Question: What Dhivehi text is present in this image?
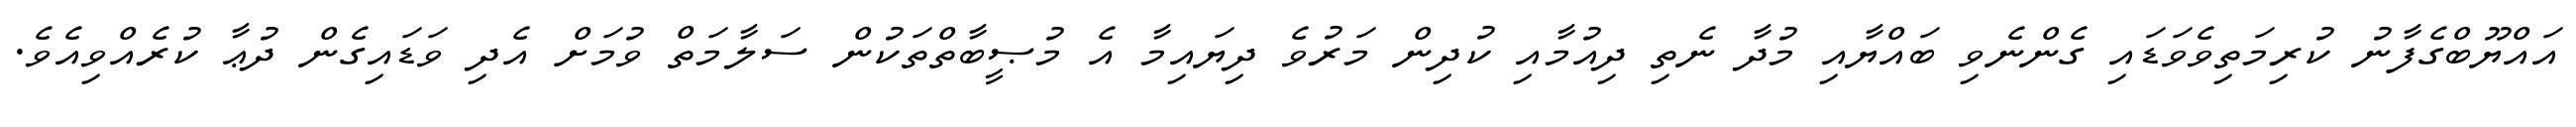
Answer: އައްޔޫބްގެފާނު ކުރިމަތިވެވަޑައި ގެންނެވި ބައްޔާއި މުދާ ނެތި ދިއުމާއި ކުދިން މަރުވެ ދިޔައިމާ އެ މުޞީބާތްތަކުން ސަލާމަތް ވުމަށް އެދި ވަޑައިގެން ދުޢާ ކުރެއްވިއެވެ.